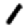
Digit: 1